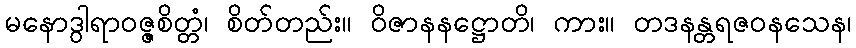
မနောဒွါရာဝဇ္ဇစိတ္တံ၊ စိတ်တည်း။ ဝိဇာနနဋ္ဌောတိ၊ ကား။ တဒနန္တရဇဝနသေန၊